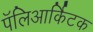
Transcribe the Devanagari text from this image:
पॅलिआर्किटक